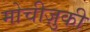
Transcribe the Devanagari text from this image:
मोचीज़ुकी